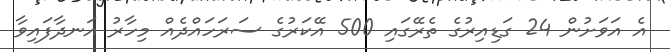
އެ އަވަށުން 24 ގަޑިއިރުގެ ތެރޭގައި 500 އޭކަރުގެ ސަރަހައްދެއް މިހާރު އަނދާފައިވާ